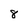
Character: 8